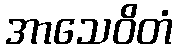
အာသေဝိတံ